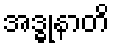
အဒ္ဓုနာတိ